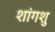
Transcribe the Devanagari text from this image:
शांगशु